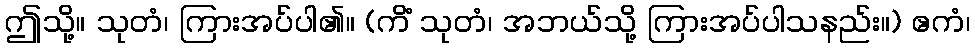
ဤသို့။ သုတံ၊ ကြားအပ်ပါ၏။ (ကိံ သုတံ၊ အဘယ်သို့ ကြားအပ်ပါသနည်း။) ဧကံ၊